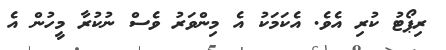
ރިޕޯޓު ކުރި އެވެ. އެކަމަކު އެ މިންވަރު ވެސް ނުކުރާ މީހުން އެ